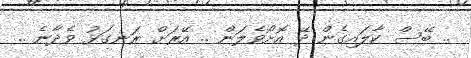
.. ބޭސް ކާލައިގެން ދޭ އޮށޯވެލަން .. އޭރަށް ރަނގަޅު ވެދާނެ ..